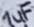
Text: 1uF